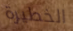
الخطيرة